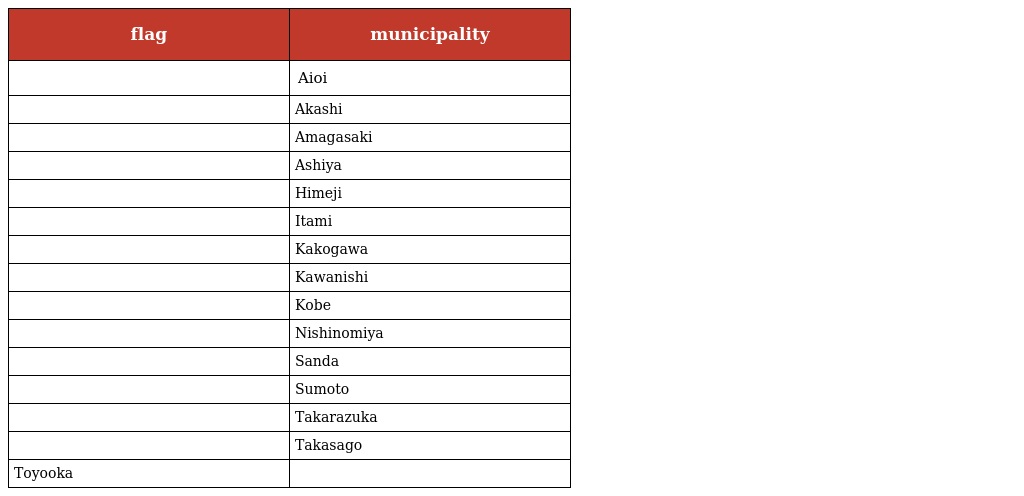
| flag | municipality |
 | --- | --- |
 |  | Aioi |
 |  | Akashi |
 |  | Amagasaki |
 |  | Ashiya |
 |  | Himeji |
 |  | Itami |
 |  | Kakogawa |
 |  | Kawanishi |
 |  | Kobe |
 |  | Nishinomiya |
 |  | Sanda |
 |  | Sumoto |
 |  | Takarazuka |
 |  | Takasago |
 | Toyooka |  |